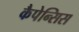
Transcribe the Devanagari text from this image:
कैपेन्सिस